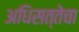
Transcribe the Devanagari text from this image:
अधिसत्तेचा